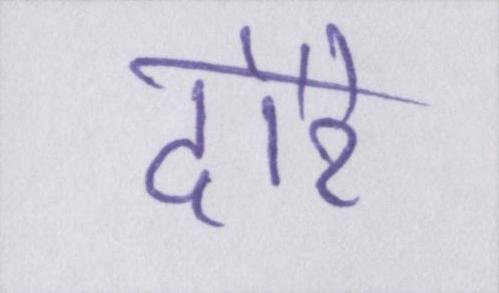
दौरे